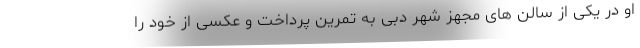
او در یکی از سالن های مجهز شهر دبی به تمرین پرداخت و عکسی از خود را